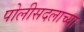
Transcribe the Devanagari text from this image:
पोलीसदलाच्या